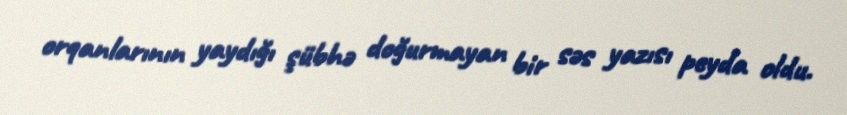
orqanlarının yaydığı şübhə doğurmayan bir səs yazısı peyda oldu.